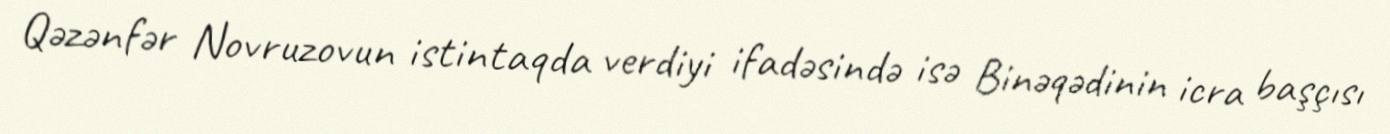
Qəzənfər Novruzovun istintaqda verdiyi ifadəsində isə Binəqədinin icra başçısı